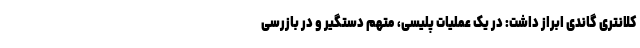
کلانتری گاندی ابراز داشت: در یک عملیات پلیسی، متهم دستگیر و در بازرسی